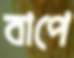
বাপে